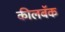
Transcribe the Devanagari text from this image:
कीलबॅक